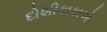
દોશીકાકાએ